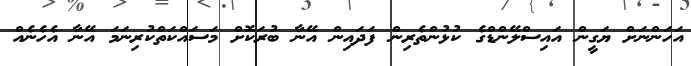
އަހަންނަށް ޔަގީން އައިސްލޭންޑްގެ ކުޅުންތެރިން ފަދައިން އޭނާ ބުރަކޮށް މަސައްކަތްކުރިނަމަ އޭނާ އެހެނެއް